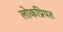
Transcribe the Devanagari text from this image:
लोकप्रियत